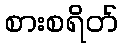
စားစရိတ်